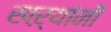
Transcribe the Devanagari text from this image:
खऱ्यांनी